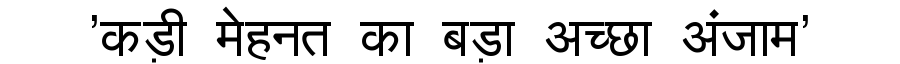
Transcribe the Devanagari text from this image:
'कड़ी मेहनत का बड़ा अच्छा अंजाम'